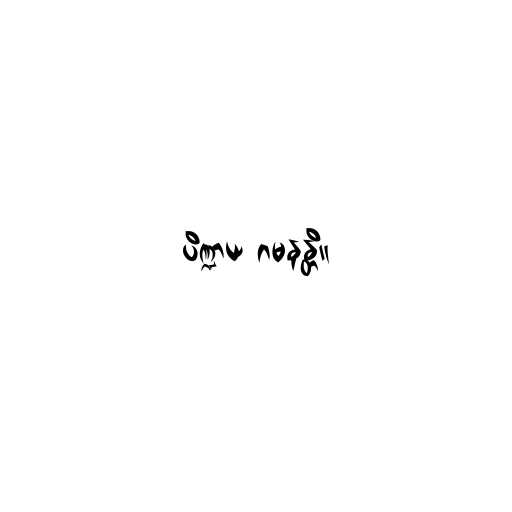
ပိဏ္ဍာယ ဂမနန္တိ။